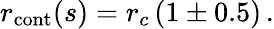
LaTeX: r_{\mathrm{cont}}(s)=r_{c}\, (1\pm 0.5)\, .